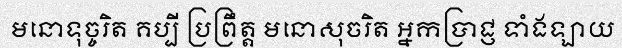
មនោទុច្ចរិត គប្បី ប្រព្រឹត្ត មនោសុចរិត អ្នកប្រាជ្ញ ទាំងឡាយ